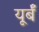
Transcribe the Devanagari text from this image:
यूर्बँ